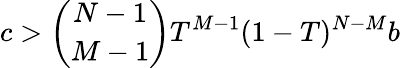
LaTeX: c>\binom{N-1}{M-1}T^{M-1}(1-T)^{N-M}b